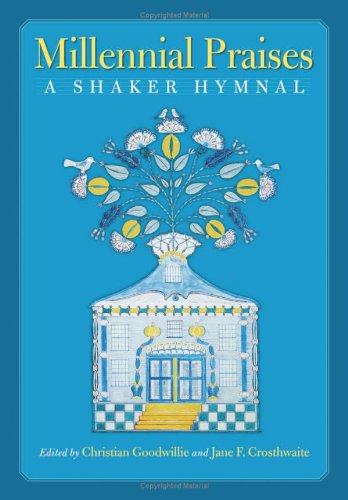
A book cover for Millennial Praises: A Shaker Hymnal; Christian Books & Bibles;